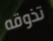
تذوقه